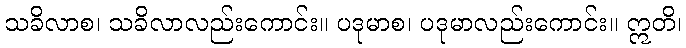
သခိလာစ၊ သခိလာလည်းကောင်း။ ပဒုမာစ၊ ပဒုမာလည်းကောင်း။ ဣတိ၊